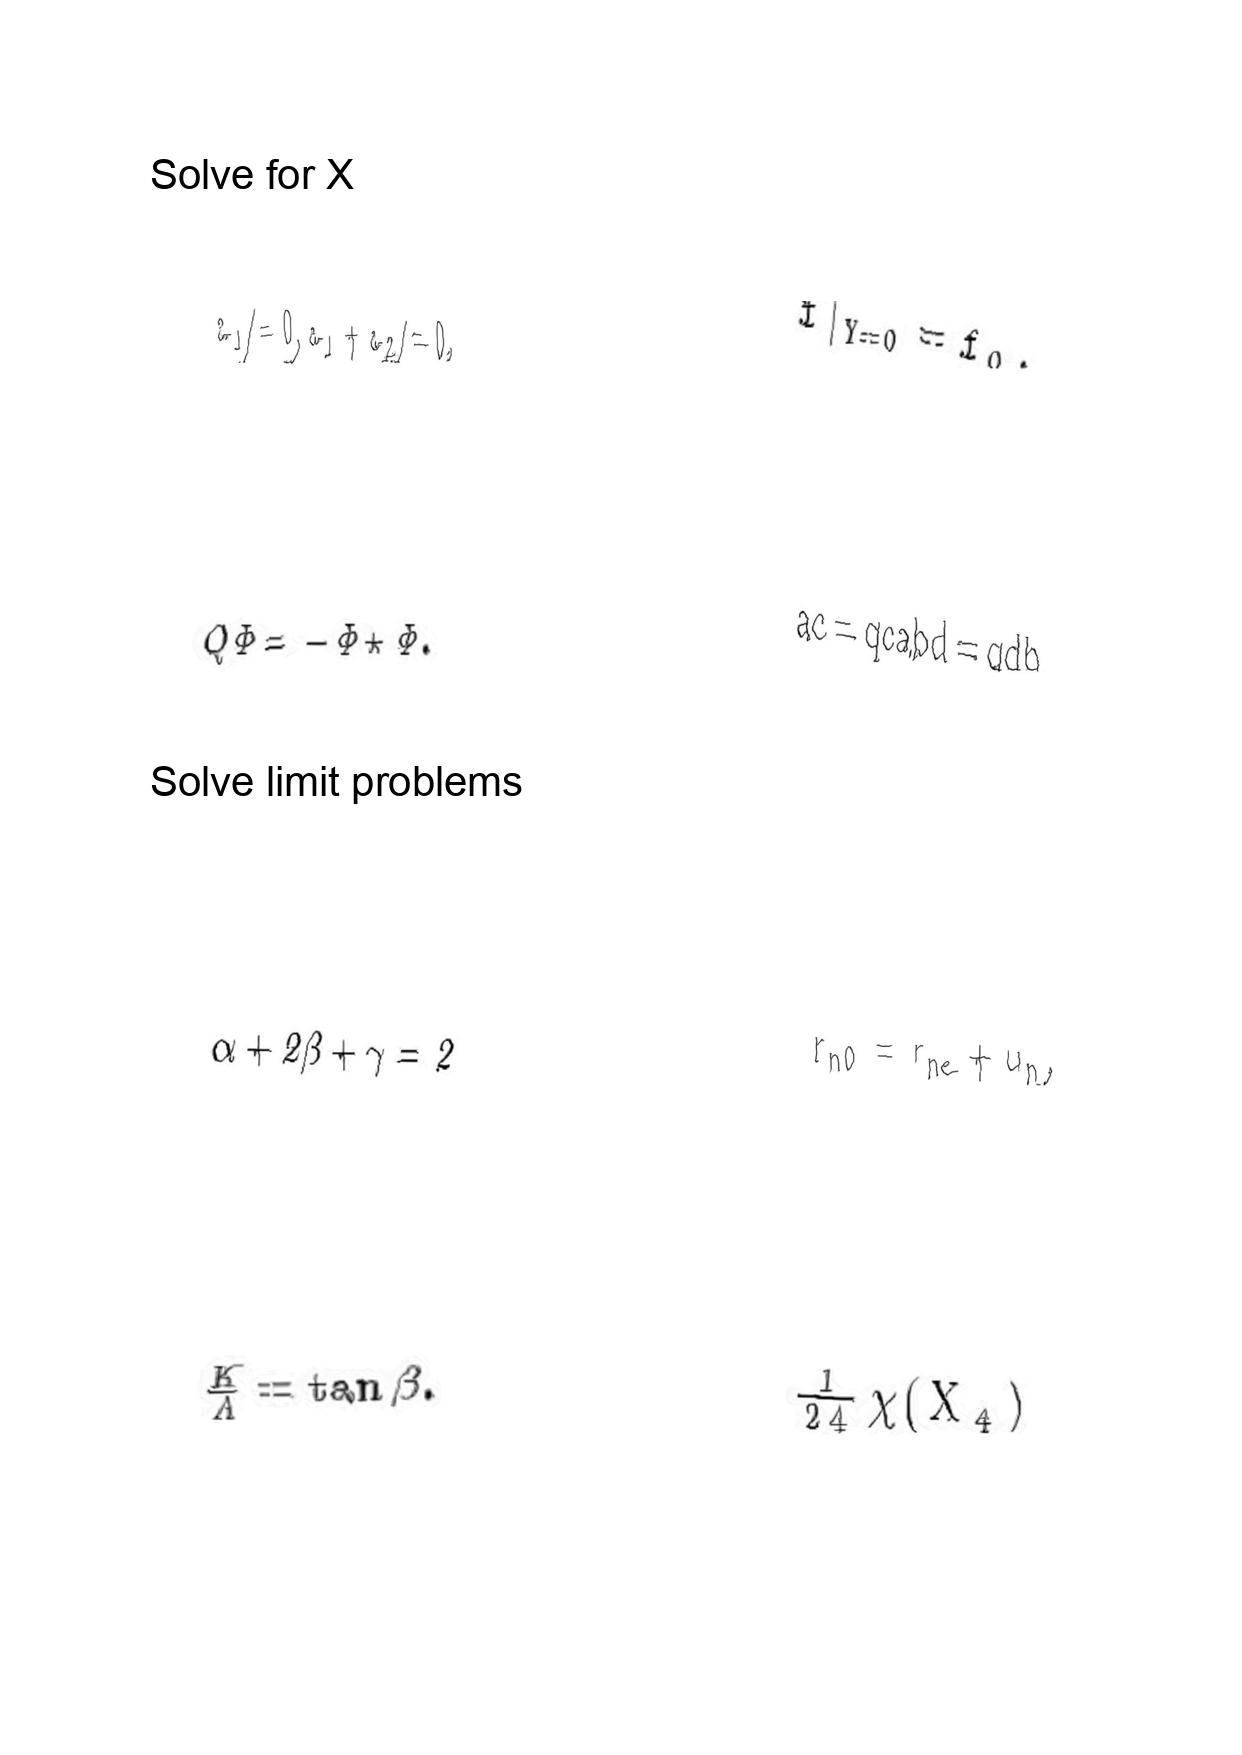
LaTeX transcription:
a _ { 1 } \neq 0 , a _ { 1 } + a _ { 2 } \neq 0 ,
Q \Phi = - \Phi \star \Phi .
\alpha + 2 \beta + \gamma = 2
\frac { K } { \Lambda } = \tan \beta .
f \vert _ { Y = 0 } = f _ { 0 } .
a c = q c a b d = q d b
r _ { n 0 } = r _ { n e } + u _ { n } ,
\frac { 1 } { 2 4 } \chi \lparen X _ { 4 } \rparen